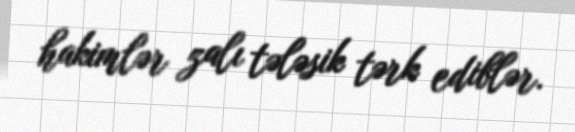
hakimlər zalı tələsik tərk ediblər.